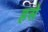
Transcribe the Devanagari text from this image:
हसे